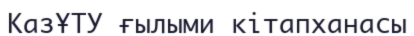
КазҰТУ ғылыми кітапханасы